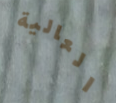
العالية